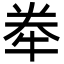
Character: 牶